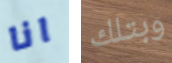
انا وبتلك